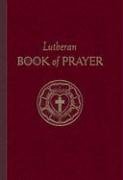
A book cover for The Lutheran Book Of Prayer; Christian Books & Bibles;